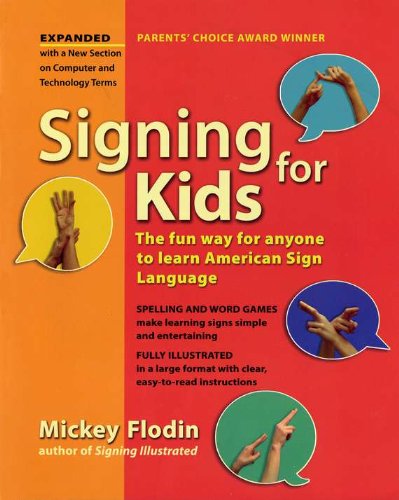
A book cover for Signing for Kids, Expanded Edition; Mickey Flodin; Reference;